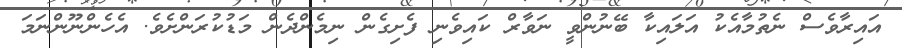
އައިރާވެސް ނެތުމާއެކު އަލައިކާ ބޭނުންވީ ނަވާރް ކައިވެނި ފެށިގެން ނިމެންދެން މަޑުކުރަންށެވެ. އެހެންނޫންނަމަ